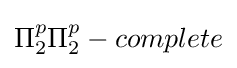
{\displaystyle \Pi _{2}^{p}}\Pi _{2}^{p}-complete